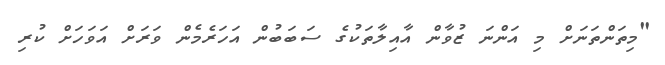
"މިތަންތަނަށް މި އަންނަ ޒުވާން އާއިލާތަކުގެ ސަބަބުން އަހަރެމެން ވަރަށް އަވަހަށް ކުރި